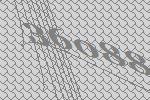
36088